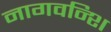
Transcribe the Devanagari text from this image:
नागवन्शि